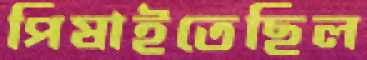
পিষাইতেছিল